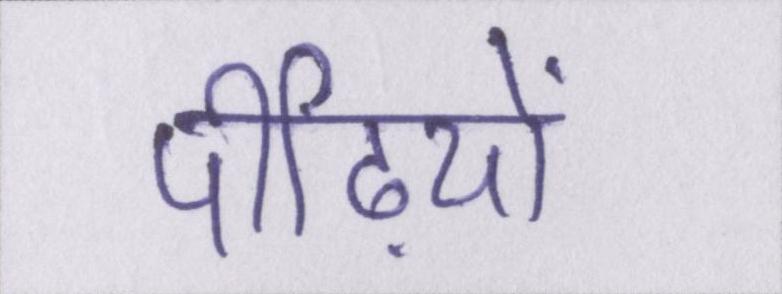
पीढ़ियों